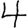
Digit: 4